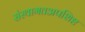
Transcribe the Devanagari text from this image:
संस्थागतअपशिष्ट